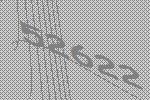
52622